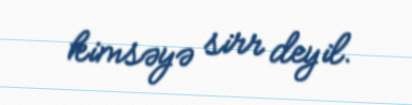
kimsəyə sirr deyil.